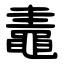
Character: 鼃